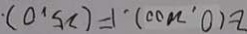
E ( 0 , 2 0 0 0 ) , F ( 2 5 , 0 ) .